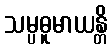
သမ္ပဓူမာယန္တိ